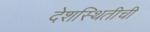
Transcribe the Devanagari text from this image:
देशस्थितीची